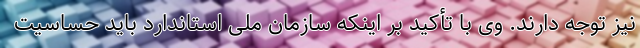
نیز توجه دارند. وی با تأکید بر اینکه سازمان ملی استاندارد باید حساسیت